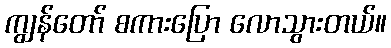
ကျွန်တော် စကားပြော လောသွားတယ်။